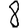
Digit: 8